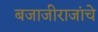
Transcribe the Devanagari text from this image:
बजाजीराजांचे